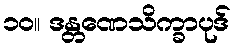
၁၀။ ဒန္တဏေသိက္ခာပုဒ်